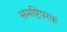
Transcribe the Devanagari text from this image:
समष्टिपरक